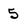
Character: 5